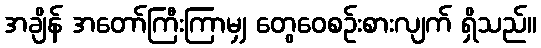
အချိန် အတော်ကြီးကြာမျှ တွေဝေစဉ်းစားလျက် ရှိသည်။